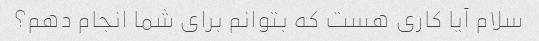
سلام آیا کاری هست که بتوانم برای شما انجام دهم؟